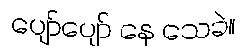
ပျော်ပျော် နေ သေခဲ။